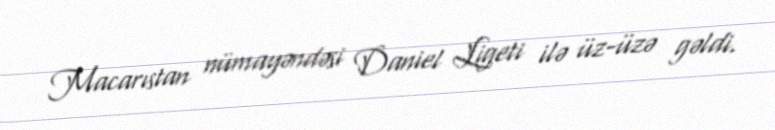
Macarıstan nümayəndəsi Daniel Ligeti ilə üz-üzə gəldi.